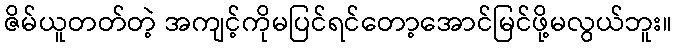
ဇိမ်ယူတတ်တဲ့ အကျင့်ကိုမပြင်ရင်တော့အောင်မြင်ဖို့မလွယ်ဘူး။